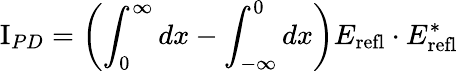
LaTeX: \mathrm{I}_{PD}=\left(\int_{0}^{\infty}dx-\int_{-\infty}^{0}dx\right)E_{\mathrm{refl}}\cdot E_{\mathrm{refl}}^{*}